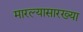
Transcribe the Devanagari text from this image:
मारल्यासारख्या